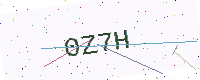
Text: 0Z7H